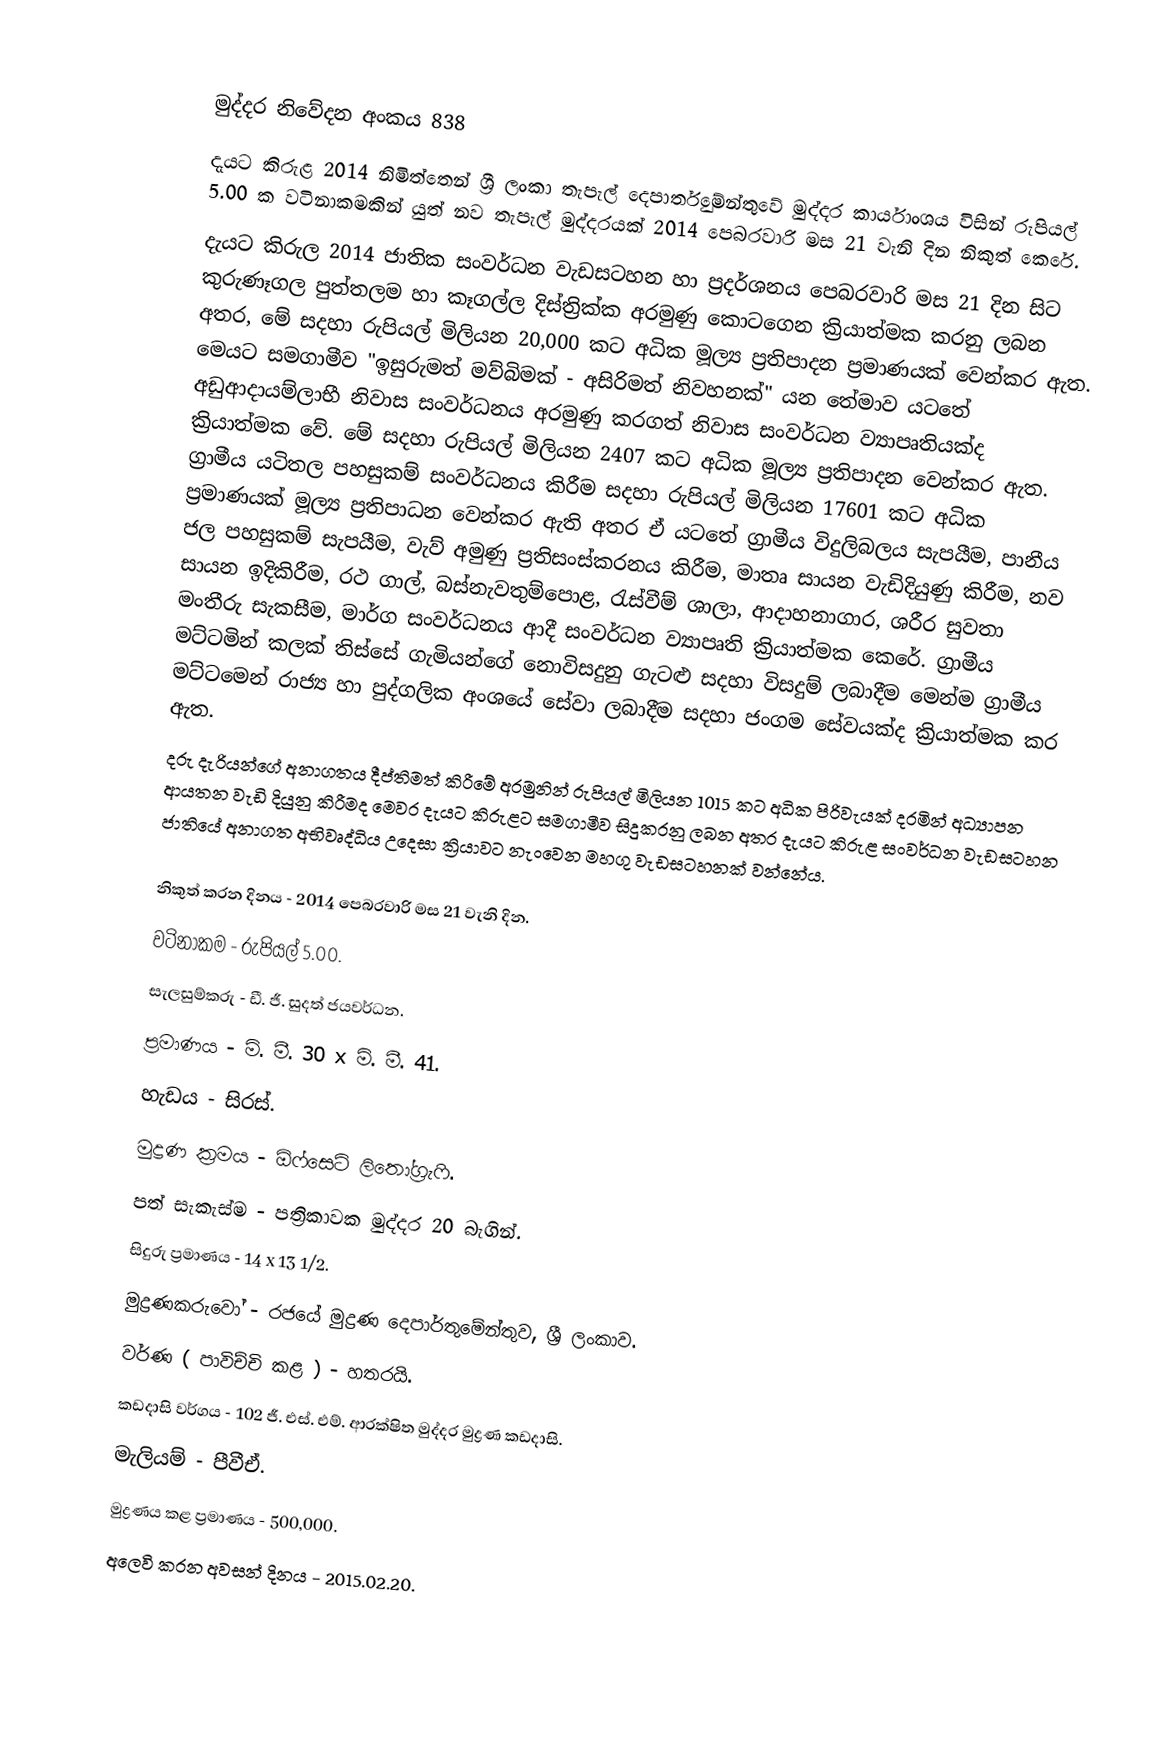

මුද්දර නිවේදන අංකය 838
දැයට කිරුළ 2014 නිමිත්තෙන් ශ්‍රී ලංකා තැපැල් දෙපාර්තුමේන්තුවේ මුද්දර කාර්යාංශය විසින් රුපියල් 5.00 ක වටිනාකමකින් යුත් නව තැපැල් මුද්දරයක් 2014 පෙබරවාරි මස 21 වැනි දින නිකුත් කෙරේ.
දැයට කිරුල 2014 ජාතික සංවර්ධන වැඩසටහන හා ප්‍රදර්ශනය පෙබරවාරි මස 21 දින සිට කුරුණෑගල පුත්තලම හා කෑගල්ල දිස්ත්‍රික්ක අරමුණු කොටගෙන ක්‍රියාත්මක කරනු ලබන අතර, මේ සදහා රුපියල් මිලියන 20,000 කට අධික මූල්‍ය ප්‍රතිපාදන ප්‍රමාණයක් වෙන්කර ඇත. මෙයට සමගාමීව "ඉසුරුමත් මව්බිමක් - අසිරිමත් නිවහනක්" යන තේමාව යටතේ අඩුආදායම්ලාභී නිවාස සංවර්ධනය අරමුණු කරගත් නිවාස සංවර්ධන ව්‍යාපෘතියක්ද ක්‍රියාත්මක වේ. මේ සදහා රුපියල් මිලියන 2407 කට අධික මූල්‍ය ප්‍රතිපාදන වෙන්කර ඇත. ග්‍රාමීය යටිතල පහසුකම් සංවර්ධනය කිරීම සදහා රුපියල් මිලියන 17601 කට අධික ප්‍රමාණයක් මූල්‍ය ප්‍රතිපාධන වෙන්කර ඇති අතර ඒ යටතේ ග්‍රාමීය විදුලිබලය සැපයීම, පානීය ජල පහසුකම් සැපයීම, වැව් අමුණු ප්‍රතිසංස්කරනය කිරීම, මාතෘ සායන වැඩිදියුණු කිරීම, නව සායන ඉදිකිරීම, රථ ගාල්, බස්නැවතුම්පොළ, රැස්වීම් ශාලා, ආදාහනාගාර, ශරීර සුවතා මංතීරු සැකසීම, මාර්ග සංවර්ධනය ආදී සංවර්ධන ව්‍යාපෘති ක්‍රියාත්මක කෙරේ. ග්‍රාමීය මට්ටමින් කලක් තිස්සේ ගැමියන්ගේ නොවිසදුනු ගැටළු සදහා විසදුම් ලබාදීම මෙන්ම ග්‍රාමීය මට්ටමෙන් රාජ්‍ය හා පුද්ගලික අංශයේ සේවා ලබාදීම සදහා ජංගම සේවයක්ද ක්‍රියාත්මක කර ඇත.
දරු දැරියන්ගේ අනාගතය දීප්තිමත් කිරීමේ අරමුනින් රුපියල් මිලියන 1015 කට අධික පිරිවැයක් දරමින් අධ්‍යාපන ආයතන වැඩි දියුනු කිරීමද මෙවර දැයට කිරුළට සමගාමීව සිදුකරනු ලබන අතර දැයට කිරුළ සංවර්ධන වැඩසටහන ජාතියේ අනාගත අභිවෘද්ධිය උදෙසා ක්‍රියාවට නැංවෙන මහගු වැඩසටහනක් වන්නේය.

නිකුත් කරන දිනය - 2014 පෙබරවාරි මස 21 වැනි දින.
වටිනාකම - රුපියල් 5.00.
සැලසුම්කරු - ඩී. ජී. සුදත් ජයවර්ධන.
ප්‍රමාණය - මි. මී. 30 x මි. මී. 41.
හැඩය - සිරස්.
මුද්‍රණ ක්‍රමය - ඕෆ්සෙට් ලිතෝග්‍රැෆි.
පත් සැකැස්ම - පත්‍රිකාවක මුද්දර 20 බැගින්.
සිදුරු ප්‍රමාණය - 14 x 13 1/2.
මුද්‍රණකරුවෝ - රජයේ මුද්‍රණ දෙපාර්තුමේන්තුව, ශ්‍රී ලංකාව.
වර්ණ ( පාවිච්චි කළ ) - හතරයි.
කඩදාසි වර්ගය - 102 ජී. එස්. එම්. ආරක්ෂිත මුද්දර මුද්‍රණ කඩදාසි.
මැලියම් - පීවීඒ.
මුද්‍රණය කළ ප්‍රමාණය - 500,000.
අලෙවි කරන අවසන් දිනය - 2015.02.20.